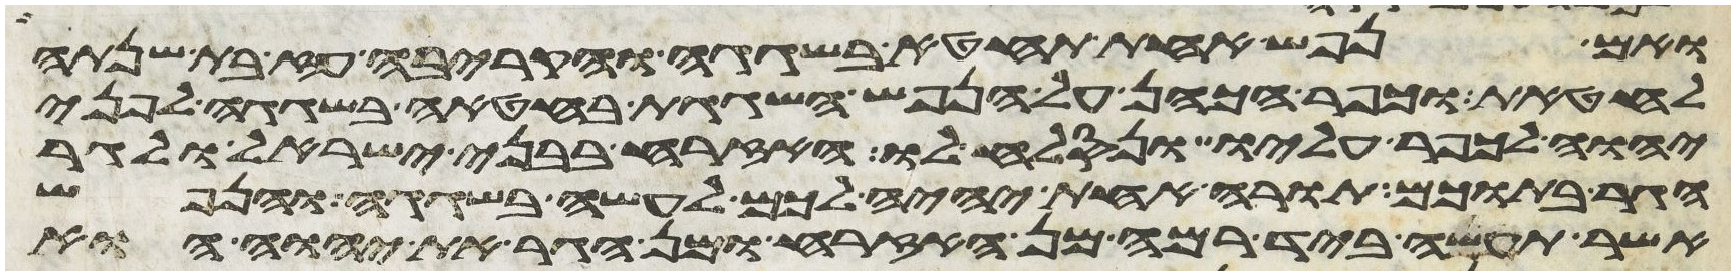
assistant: ואם נפש אחת תחטא בשגגה והקריבה עז בת שנתה
לחטאת וכפר הכהן על הנפש השגגת בחטאה בשגגה לפני
יהוה לכפר עליו ונסלח לו האזרח בבני ישראל ולגר
הגר בתוכם תורה אחת יהיה לכם לעשה בשגגה והנפש
אשר תעשה ביד רמה מן האזרח ומן הגר את יהוה הוא